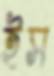
ইস